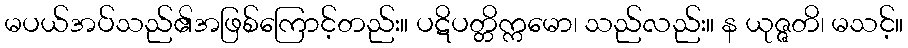
မပယ်အပ်သည်၏အဖြစ်ကြောင့်တည်း။ ပဋိပတ္တိက္ကမော၊ သည်လည်း။ န ယုဇ္ဇတိ၊ မသင့်။